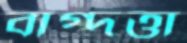
বাগ্দত্তা